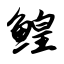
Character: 鳇